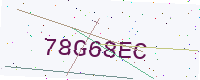
Text: 78G68EC